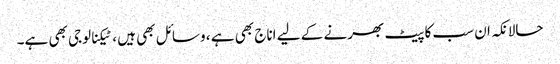
حالانکہ ان سب کا پیٹ بھرنے کے لیے اناج بھی ہے ، وسائل بھی ہیں ، ٹیکنالوجی بھی ہے۔